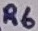
Text: R6